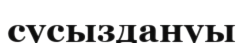
сусыздануы